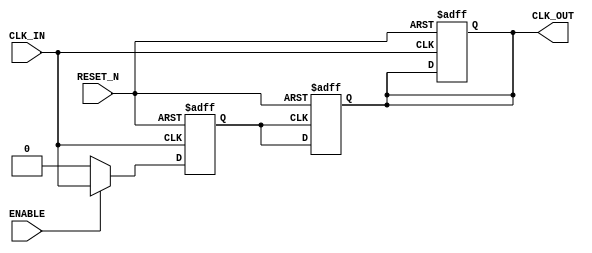
module ClockBuffer #(
    parameter DRIVE_STRENGTH = 1,  // Drive strength setting (can vary)
    parameter MIN_PROP_DELAY = 1,   // Minimum propagation delay in ns
    parameter MAX_PROP_DELAY = 2     // Maximum propagation delay in ns
)(
    input wire CLK_IN,               // Single-ended clock input
    input wire ENABLE,               // Enable control signal
    input wire RESET_N,              // Active low reset
    output reg CLK_OUT               // Single-ended clock output
);

    // Internal signal to facilitate propagation
    reg clk_out_int;
    reg clk_out_buf;

    // Hysteresis effect simulated using a basic threshold mechanism
    reg [1:0] sample_count = 2'b00;

    // Clock buffer logic with enable functionality
    always @(posedge CLK_IN or negedge RESET_N) begin
        if (!RESET_N) begin
            // Reset output clock and internal buffer
            CLK_OUT <= 1'b0;
            clk_out_int <= 1'b0;
        end
        else if (ENABLE) begin
            clk_out_int <= CLK_IN;
        end
        else begin
            clk_out_int <= 1'b0; // Drive output to low when disabled
        end
    end

    // Output clock signal with propagation delay simulation
    always @(posedge clk_out_int or negedge RESET_N) begin
        if (!RESET_N) begin
            CLK_OUT <= 1'b0; // Resetting output on reset
        end
        else begin
            // Insert delay for propagation (for simulation only)
            #MIN_PROP_DELAY CLK_OUT <= clk_out_int;
            #MAX_PROP_DELAY CLK_OUT <= clk_out_int;
        end
    end

    // Test point for BIST (Built-In Self-Test)
    // Can be expanded to include actual BIST logic
    always @(posedge CLK_IN) begin
        // Sample logic to emulate BIST functionality
        if (ENABLE) begin
            sample_count <= sample_count + 1;
        end
    end

endmodule